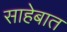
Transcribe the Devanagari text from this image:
साहेबात